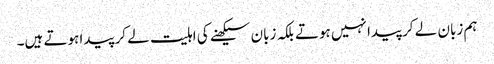
ہم زبان لے کر پیدا نہیں ہوتے بلکہ زبان سیکھنے کی اہلیت لے کر پیدا ہوتے ہیں۔